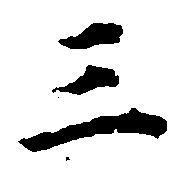
三